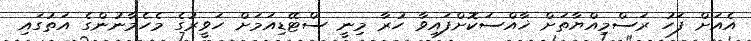
އެއަށް ފަހު ރަސްމިއްޔާތަށް ޚާއްސަކޮށްފައިވާ ހުރާ މިނީ ސްޓޭޑިއަމަށް ހަވީރުގެ މެހެމާނުންގެ އަތުގައި